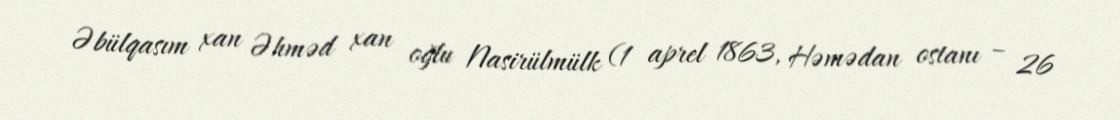
Əbülqasım xan Əhməd xan oğlu Nasirülmülk (1 aprel 1863, Həmədan ostanı – 26